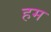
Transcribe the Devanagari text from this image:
हम